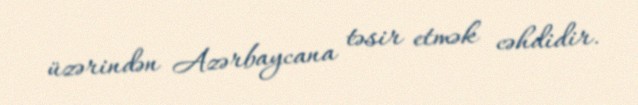
üzərindən Azərbaycana təsir etmək cəhdidir.